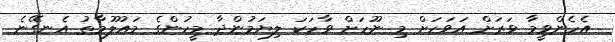
އެހެންވީމާ ވަރަށް އަވަހަށް މި ނޫހަށް ވާހަކަ ލިޔަމުންދާ މީހުންގެ މައުލޫމާތު އެނގޭނެ